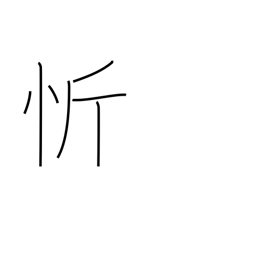
Meaning: open one's heart